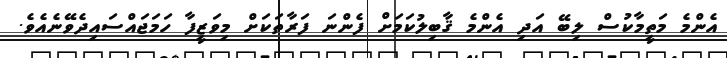
އެންމެ މަތީމާކުސް ލިބޭ އަދި އެންމެ ޤާބިލުކަމަށް ފެންނަ ފަރާތަކަށް މިވަޒީފާ ހަމަޖައްސައިދެވޭނެއެވެ.